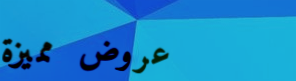
عروض مميزة